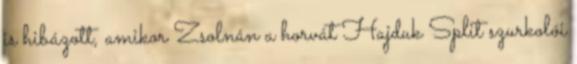
is hibázott, amikor Zsolnán a horvát Hajduk Split szurkolói